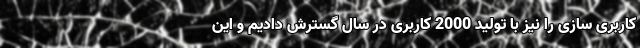
کاربری سازی را نیز با تولید 2000 کاربری در سال گسترش دادیم و این